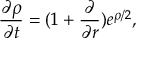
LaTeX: \frac { \partial \rho } { \partial t } = ( 1 + \frac { \partial } { \partial r } ) e ^ { \rho / 2 } ,